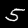
Label: 5